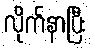
လိုက်နာပြီး